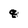
Character: q